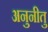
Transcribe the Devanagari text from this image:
अनुनीतु